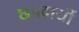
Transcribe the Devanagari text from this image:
छपवायीं